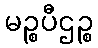
မဉ္စပီဌဉ္စ